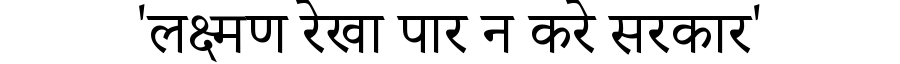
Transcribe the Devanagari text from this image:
'लक्ष्मण रेखा पार न करे सरकार'